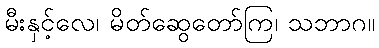
မီးနှင့်လေ၊ မိတ်ဆွေတော်ကြ၊ သဘာဂ။